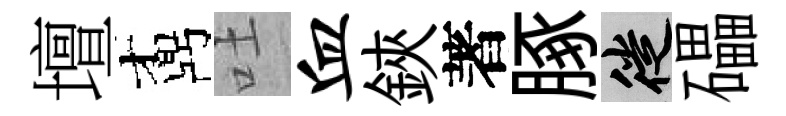
壇鼒吐血鋏著䐁徙礧